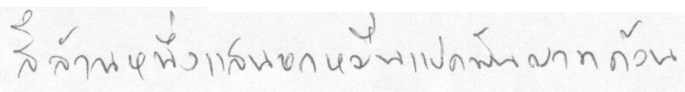
สี่ล้านหนึ่งแสนหกหมื่นแปดพันบาทถ้วน